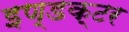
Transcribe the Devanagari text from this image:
इण्डक्टर